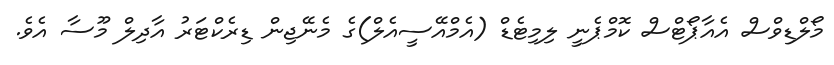
މޯލްޑިވްސް އެއާޕޯޓްސް ކޮމްޕެނީ ލިމިޓެޑް (އެމްއޭސީއެލް)ގެ މެނޭޖިން ޑިރެކްޓަރު އާދިލް މޫސާ އެވެ.